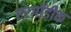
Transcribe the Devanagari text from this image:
एरगॉडीक